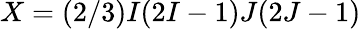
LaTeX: X=(2/3)I(2I-1)J(2J-1)